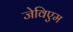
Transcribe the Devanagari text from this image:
जेविएम